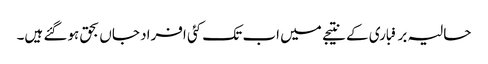
حالیہ برفباری کے نتیجے میں اب تک کئی افراد جاں بحق ہوگئے ہیں۔